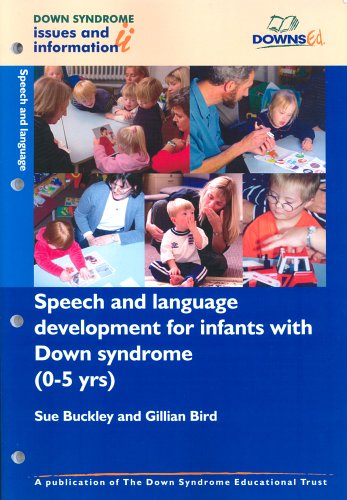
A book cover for Speech and Language Development for Infants with Down Syndrome (0-5 Years) (Down Syndrome Issues & Information) (Pt. 2); Gillian Bird; Parenting & Relationships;